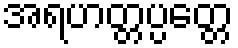
အရဟတ္တပ္ပတ္တေ